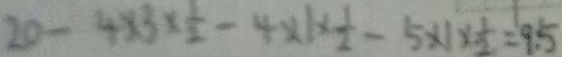
2 0 - 4 \times 3 \times \frac { 1 } { 2 } - 4 \times 1 \times \frac { 1 } { 2 } - 5 \times 1 \times \frac { 1 } { 2 } = 9 . 5